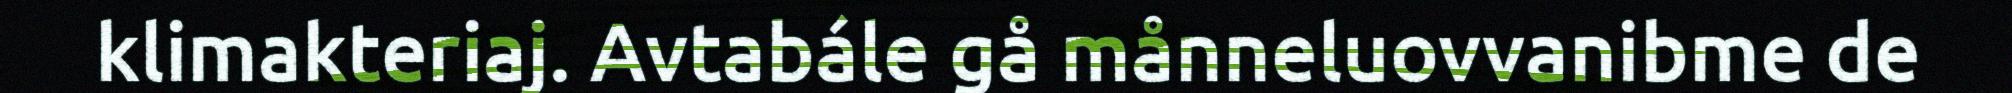
klimakteriaj. Avtabále gå månneluovvanibme de